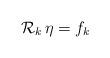
LaTeX: \begin{align*}\mathcal{R}_k \, \eta = f_k\end{align*}